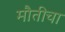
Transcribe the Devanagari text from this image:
मौतीचा